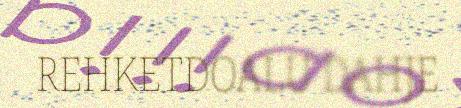
REHKETDOALU DAHJE